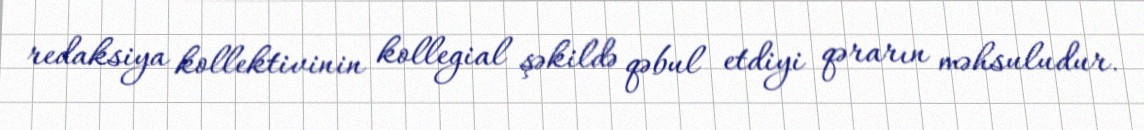
redaksiya kollektivinin kollegial şəkildə qəbul etdiyi qərarın məhsuludur.